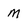
Character: M